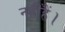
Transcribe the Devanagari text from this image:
नहींहैं।